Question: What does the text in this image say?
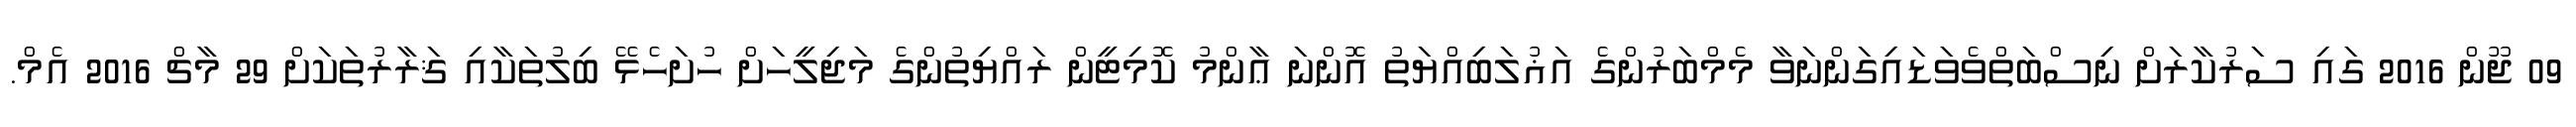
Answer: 09 ޖޫން 2016 ގައި ސަރުކާރަށް ނިސްބަތްވެވަޑައިގަންނަވާ މެމްބަރުންގެ އަޣުލަބިއްޔަތު އޮންނަ ޢާންމު ކޮމިޓީން ރައްޔިތުންގެ މަޖިލީހަށް ހުށަހެޅޭ ބިލުތަކާއި ޤަރާރުތަކަށް 29 މާޗް 2016 އެމް.